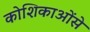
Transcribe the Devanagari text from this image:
कोशिकाओंसे